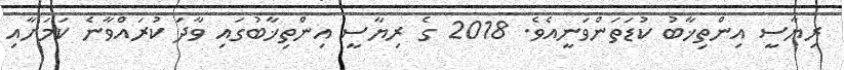
ރިޔާސީ އިންތިޚާބު ކުޑަތަންވަނީއެވެ. 2018 ގެ ރިޔާސީ އިންތިޚާބުގައި ވާދަ ކުރައްވާނެ ކަމަށާއި